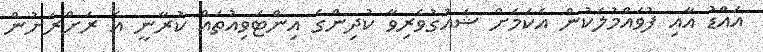
އައްޑު އާއި ފުވައްމުލަކުން އެކަމަށް ޝައުގުވެރިވާ ކުދިންގެ އިންޓަވިއުތައް ކުރާނީ އެ ރަށްރަށުން